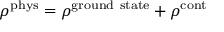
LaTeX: \rho ^ { \mathrm { p h y s } } = \rho ^ { \mathrm { g r o u n d \ s t a t e } } + \rho ^ { \mathrm { c o n t } }